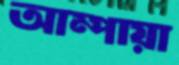
আম্পায়া